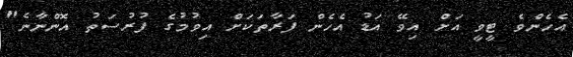
އެހެންވެ ޓީވީ އަށް އިވޭ އަޑު އެހެން ފަރާތަކަށް އިވުމުގެ ފުރުސަތު އޮންނާނެ"